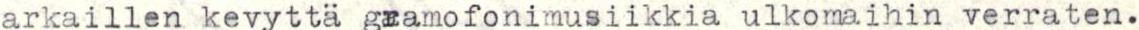
arkaillen kevyttä gramofonimusiikkia ulkomaihin verraten.